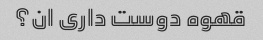
قهوه دوست داری ان؟